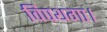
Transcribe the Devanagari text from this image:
विपथगा।